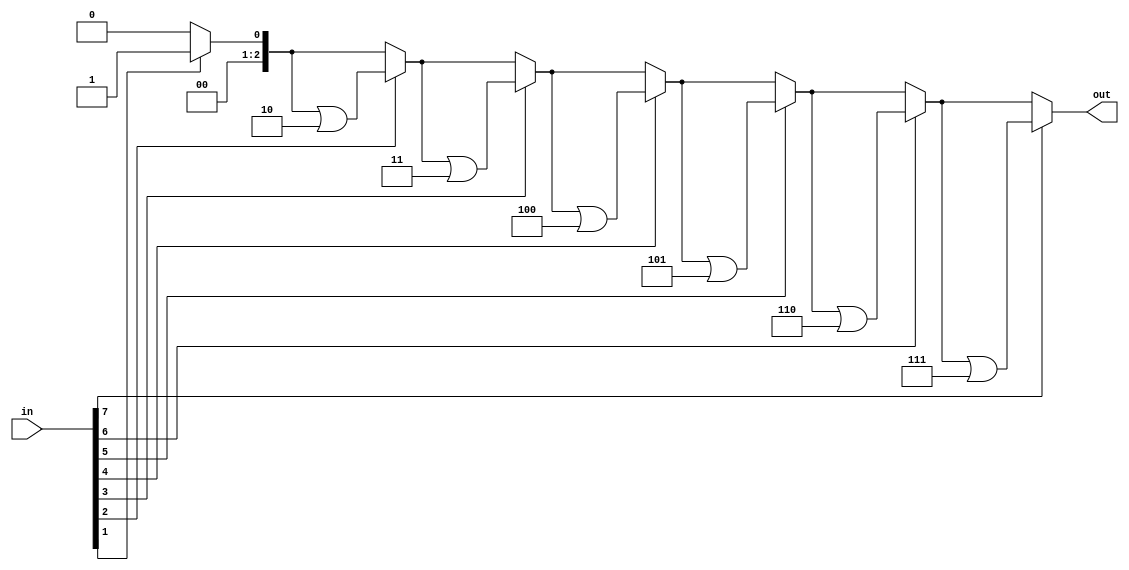
/**********************************************************************
 * DO WHAT THE FUCK YOU WANT TO AND DON'T BLAME US PUBLIC LICENSE     *
 *                    Version 3, April 2008                           *
 *                                                                    *
 * Copyright (C) 2018 Luke Wren                                       *
 *                                                                    *
 * Everyone is permitted to copy and distribute verbatim or modified  *
 * copies of this license document and accompanying software, and     *
 * changing either is allowed.                                        *
 *                                                                    *
 *   TERMS AND CONDITIONS FOR COPYING, DISTRIBUTION AND MODIFICATION  *
 *                                                                    *
 * 0. You just DO WHAT THE FUCK YOU WANT TO.                          *
 * 1. We're NOT RESPONSIBLE WHEN IT DOESN'T FUCKING WORK.             *
 *                                                                    *
 *********************************************************************/

// Encodes a one-hot vector at the input as a binary integer at the output.
// Results are invalid if the input is not one-hot or zero.
// (Perhaps filter input with a onehot_priority first, forming a priority encoder)

module onehot_encoder #(
	parameter W_INPUT = 8,
	parameter W_OUTPUT = $clog2(W_INPUT) // it's best to let this default
) (
	input  wire [W_INPUT-1:0]  in,
	output wire [W_OUTPUT-1:0] out
);

reg [W_OUTPUT-1:0] out_r;
assign out = out_r;

always @ (*) begin: encode
	reg [W_OUTPUT:0] i;
	out_r = {W_OUTPUT{1'b0}};
	for (i = 0; i < W_INPUT; i = i + 1)
		if (in[i])
			out_r = out_r | i[W_OUTPUT-1:0];
end

endmodule